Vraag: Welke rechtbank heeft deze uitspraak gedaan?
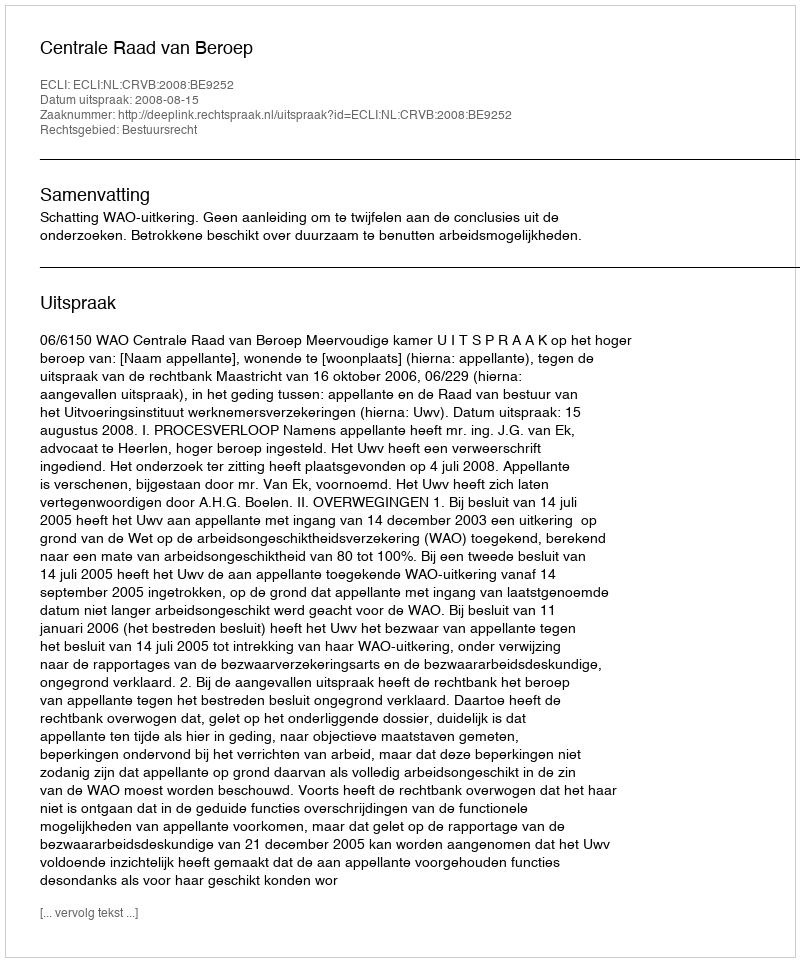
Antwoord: Centrale Raad van Beroep